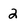
Character: 2